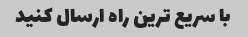
با سریع ترین راه ارسال کنید